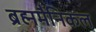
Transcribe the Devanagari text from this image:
ब्रह्ममैनिकल